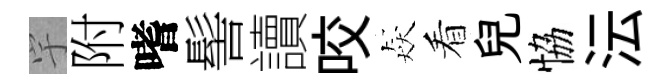
宇附嗜髻讀咬猋看兒恊沄